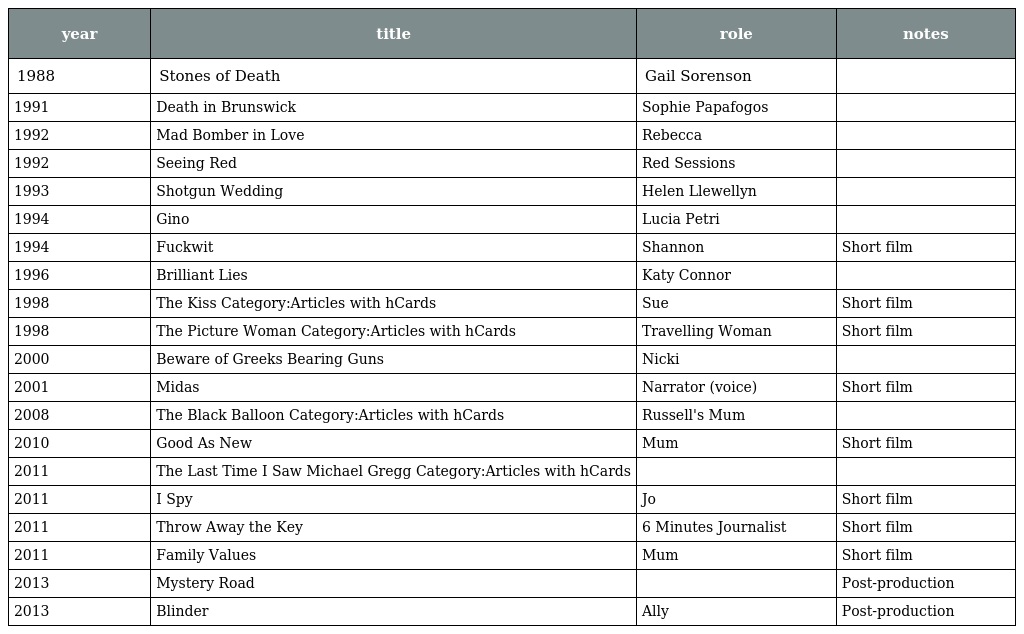
| year | title | role | notes |
 | --- | --- | --- | --- |
 | 1988 | Stones of Death | Gail Sorenson |  |
 | 1991 | Death in Brunswick | Sophie Papafogos |  |
 | 1992 | Mad Bomber in Love | Rebecca |  |
 | 1992 | Seeing Red | Red Sessions |  |
 | 1993 | Shotgun Wedding | Helen Llewellyn |  |
 | 1994 | Gino | Lucia Petri |  |
 | 1994 | Fuckwit | Shannon | Short film |
 | 1996 | Brilliant Lies | Katy Connor |  |
 | 1998 | The Kiss Category:Articles with hCards | Sue | Short film |
 | 1998 | The Picture Woman Category:Articles with hCards | Travelling Woman | Short film |
 | 2000 | Beware of Greeks Bearing Guns | Nicki |  |
 | 2001 | Midas | Narrator (voice) | Short film |
 | 2008 | The Black Balloon Category:Articles with hCards | Russell's Mum |  |
 | 2010 | Good As New | Mum | Short film |
 | 2011 | The Last Time I Saw Michael Gregg Category:Articles with hCards |  |  |
 | 2011 | I Spy | Jo | Short film |
 | 2011 | Throw Away the Key | 6 Minutes Journalist | Short film |
 | 2011 | Family Values | Mum | Short film |
 | 2013 | Mystery Road |  | Post-production |
 | 2013 | Blinder | Ally | Post-production |